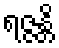
ရဇ္ဇန္တိ